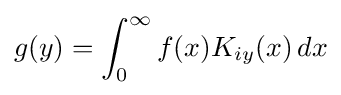
g(y)=\int _{0}^{\infty }f(x)K_{iy}(x)\,dx